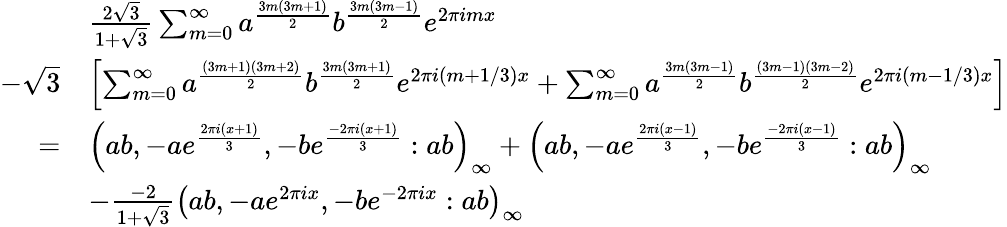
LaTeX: \begin{array}{rl}&{\frac{2\sqrt{3}}{1+\sqrt{3}}\sum_{m=0}^{\infty}a^{\frac{3m(3m+1)}{2}}b^{\frac{3m(3m-1)}{2}}e^{2\pi imx}}\\ {-\sqrt{3}}&{\left[\sum_{m=0}^{\infty}a^{\frac{(3m+1)(3m+2)}{2}}b^{\frac{3m(3m+1)}{2}}e^{2\pi i(m+1/3)x}+\sum_{m=0}^{\infty}a^{\frac{3m(3m-1)}{2}}b^{\frac{(3m-1)(3m-2)}{2}}e^{2\pi i(m-1/3)x}\right]}\\ {=}&{\left(ab,-ae^{\frac{2\pi i(x+1)}{3}},-be^{\frac{-2\pi i(x+1)}{3}}:ab\right)_{\infty}+\left(ab,-ae^{\frac{2\pi i(x-1)}{3}},-be^{\frac{-2\pi i(x-1)}{3}}:ab\right)_{\infty}}\\ &{-\frac{-2}{1+\sqrt{3}}\left(ab,-ae^{2\pi ix},-be^{-2\pi ix}:ab\right)_{\infty}}\end{array}